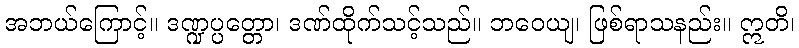
အဘယ်ကြောင့်။ ဒဏ္ဍပ္ပတ္တော၊ ဒဏ်ထိုက်သင့်သည်။ ဘဝေယျ၊ ဖြစ်ရာသနည်း။ ဣတိ၊